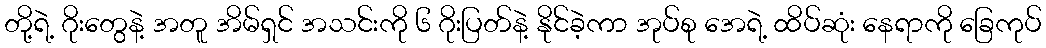
တို့ရဲ့ ဂိုးတွေနဲ့ အတူ အိမ်ရှင် အသင်းကို ၆ ဂိုးပြတ်နဲ့ နိုင်ခဲ့ကာ အုပ်စု အေရဲ့ ထိပ်ဆုံး နေရာကို ခြေကုပ်